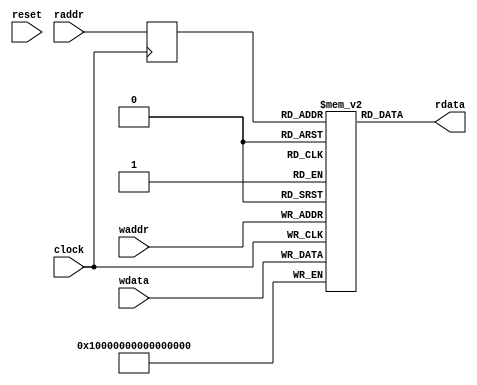
module Memory1R1WWriteFirst(
  input         clock,
  input         reset,
  input  [4:0]  raddr, // @[src/main/scala/Memory.scala 38:17]
  output [63:0] rdata, // @[src/main/scala/Memory.scala 39:17]
  input  [4:0]  waddr, // @[src/main/scala/Memory.scala 41:17]
  input  [63:0] wdata // @[src/main/scala/Memory.scala 42:17]
);
  reg [63:0] mem [0:31]; // @[src/main/scala/Memory.scala 44:24]
  wire  mem_rdata_MPORT_en; // @[src/main/scala/Memory.scala 44:24]
  wire [4:0] mem_rdata_MPORT_addr; // @[src/main/scala/Memory.scala 44:24]
  wire [63:0] mem_rdata_MPORT_data; // @[src/main/scala/Memory.scala 44:24]
  wire [63:0] mem_MPORT_data; // @[src/main/scala/Memory.scala 44:24]
  wire [4:0] mem_MPORT_addr; // @[src/main/scala/Memory.scala 44:24]
  wire  mem_MPORT_mask; // @[src/main/scala/Memory.scala 44:24]
  wire  mem_MPORT_en; // @[src/main/scala/Memory.scala 44:24]
  reg  mem_rdata_MPORT_en_pipe_0;
  reg [4:0] mem_rdata_MPORT_addr_pipe_0;
  assign mem_rdata_MPORT_en = mem_rdata_MPORT_en_pipe_0;
  assign mem_rdata_MPORT_addr = mem_rdata_MPORT_addr_pipe_0;
  assign mem_rdata_MPORT_data = mem[mem_rdata_MPORT_addr]; // @[src/main/scala/Memory.scala 44:24]
  assign mem_MPORT_data = wdata;
  assign mem_MPORT_addr = waddr;
  assign mem_MPORT_mask = 1'h1;
  assign mem_MPORT_en = 1'h1;
  assign rdata = mem_rdata_MPORT_data; // @[src/main/scala/Memory.scala 45:9]
  always @(posedge clock) begin
    if (mem_MPORT_en & mem_MPORT_mask) begin
      mem[mem_MPORT_addr] <= mem_MPORT_data; // @[src/main/scala/Memory.scala 44:24]
    end
    mem_rdata_MPORT_en_pipe_0 <= 1'h1;
    if (1'h1) begin
      mem_rdata_MPORT_addr_pipe_0 <= raddr;
    end
  end
endmodule